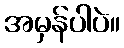
အမှန်ပါပဲ။